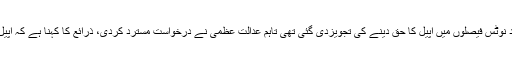
ذرائع کے مطابق سپریم کورٹ کو اپنے رولز میں ترمیم کرکے ازخود نوٹس فیصلوں میں اپیل کا حق دینے کی تجویزدی گئی تھی تاہم عدالت عظمیٰ نے درخواست مسترد کردی، ذرائع کا کہنا ہے کہ اپیل کا حق نہ دینے کا فیصلہ فل کورٹ اجلاس میں متفقہ طور پر کیا گیا۔